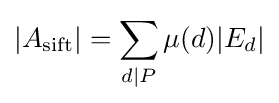
|A_{\operatorname {sift} }|=\sum \limits _{d|P}\mu (d)|E_{d}|